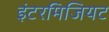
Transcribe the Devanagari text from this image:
इंटरमिजियट